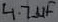
Text: 4.7µF